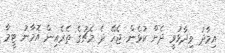
އިމާދު ވިދާޅުވީ ދެން ކުޅެން ޖެހޭ ދެ މެޗުގެ ތެރެއިން އޮމާނު ޓީމާ